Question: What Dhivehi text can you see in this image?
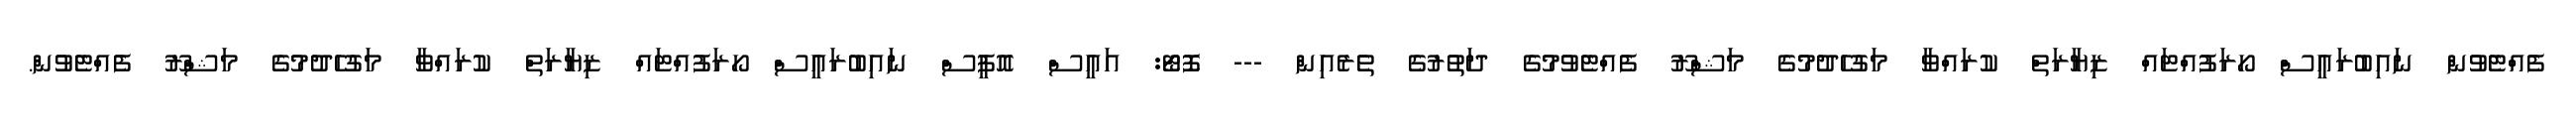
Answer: ފެއްޓެވުން ނައިބުރައީސް ހޯރަފުއްޓައް ޒިޔާރަތް ކުރައްވާ މަގުހެދުމުގެ މަޝްރޫ ފެއްޓެވުމުގެ ދަތުރުގެ ތެރެއިން --- ފޮޓޯ: އައީސް އޮފީސް ނައިބުރައީސް ހޯރަފުއްޓައް ޒިޔާރަތް ކުރައްވާ މަގުހެދުމުގެ މަޝްރޫ ފެއްޓެވުން.